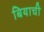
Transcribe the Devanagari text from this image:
बियाची